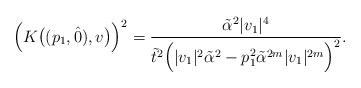
LaTeX: \begin{align*} \Big(K \big( (p_1,\hat{0}), v \big) \Big)^2 = \frac{\tilde{\alpha}^2 \vert v_1 \vert^4}{\tilde{t}^2\Big( \vert v_1\vert^2 \tilde{\alpha}^2 - p_1^2 \tilde{\alpha}^{2m} \vert v_1 \vert^{2m} \Big)^2 }.\end{align*}